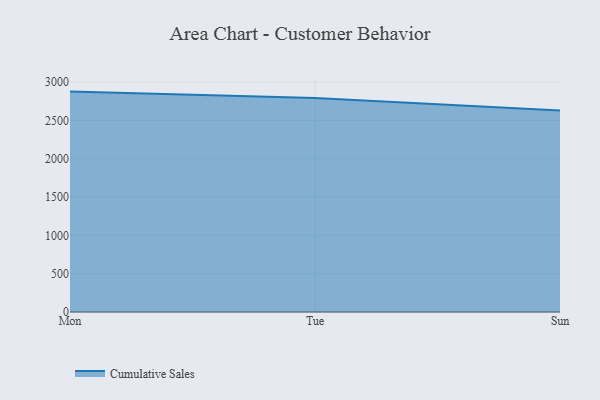
{"axis": {"x": "Day", "y": "Bounce Rate (%)"}, "legend": ["Cumulative Sales"], "data": [{"x": "Mon", "y": 2877.1, "type": "Cumulative Sales"}, {"x": "Tue", "y": 2792.4, "type": "Cumulative Sales"}, {"x": "Sun", "y": 2631.5, "type": "Cumulative Sales"}]}